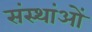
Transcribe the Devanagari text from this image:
संस्थांओं